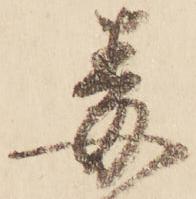
毒